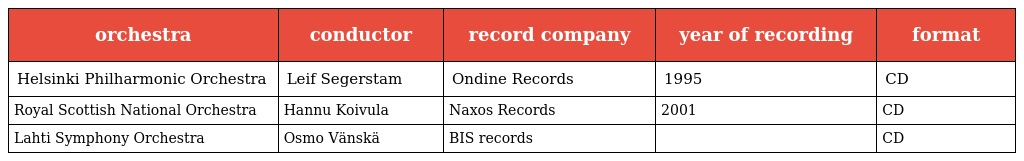
| orchestra | conductor | record company | year of recording | format |
 | --- | --- | --- | --- | --- |
 | Helsinki Philharmonic Orchestra | Leif Segerstam | Ondine Records | 1995 | CD |
 | Royal Scottish National Orchestra | Hannu Koivula | Naxos Records | 2001 | CD |
 | Lahti Symphony Orchestra | Osmo Vänskä | BIS records |  | CD |